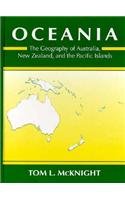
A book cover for Oceania: The Geography of Australia, New Zealand and the Pacific Islands; Tom L. McKnight; Travel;